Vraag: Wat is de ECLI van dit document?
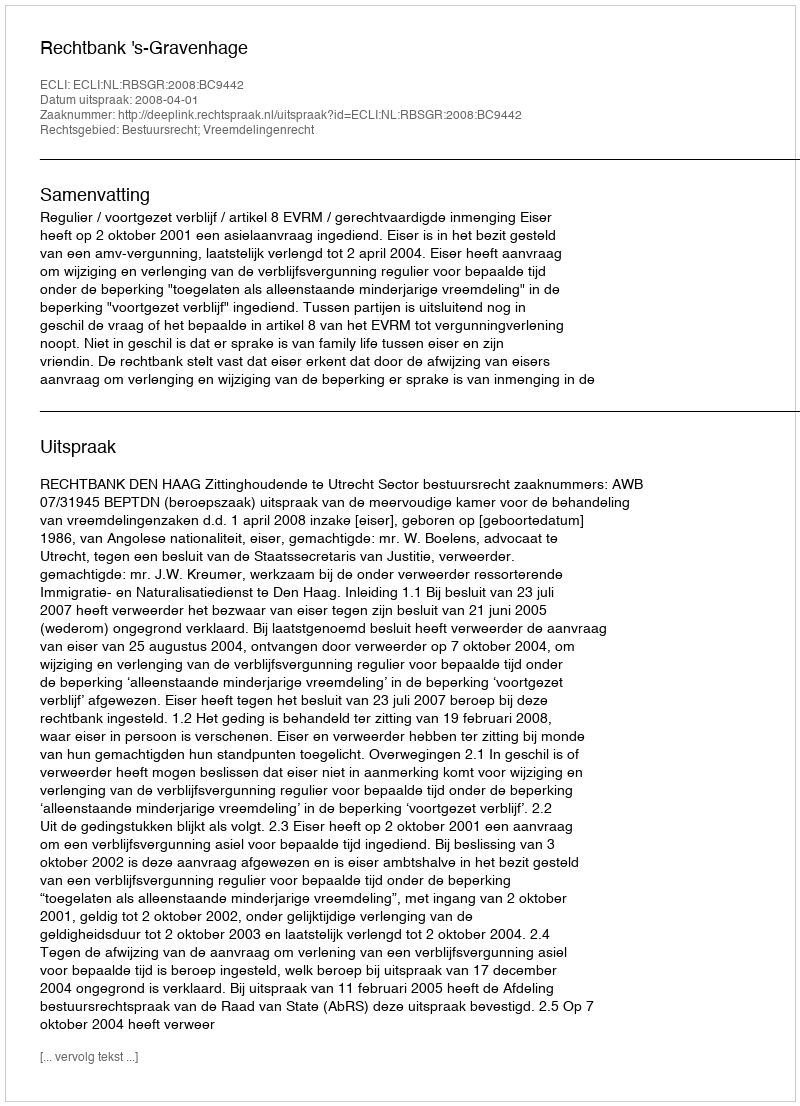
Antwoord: ECLI:NL:RBSGR:2008:BC9442